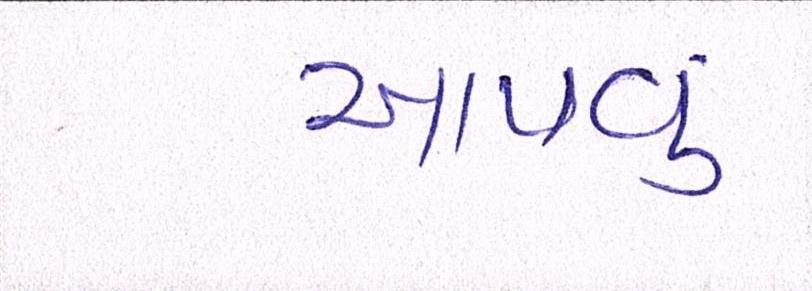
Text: આપવું